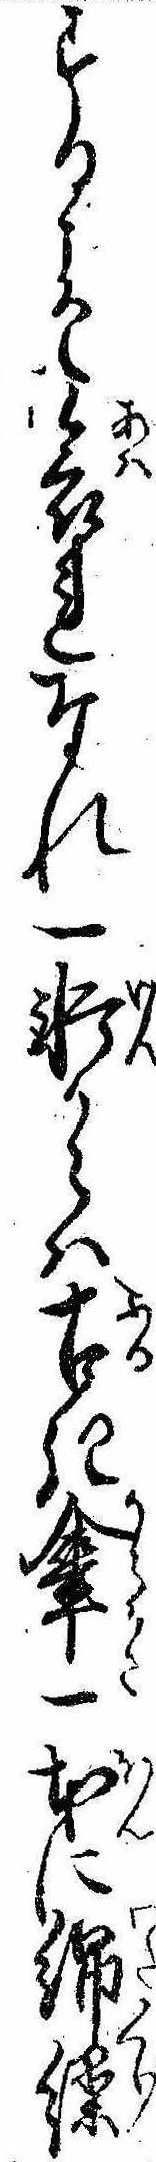
するこそ哀れなれ一軒からは古き傘一本に綿繰